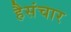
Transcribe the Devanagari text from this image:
हैसंचार